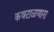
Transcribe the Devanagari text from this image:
कवटाळणारा